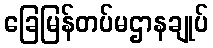
ခြေမြန်တပ်မဌာနချုပ်